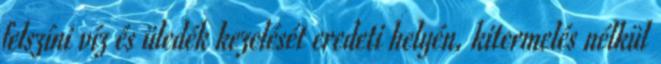
felszíni víz és üledék kezelését eredeti helyén, kitermelés nélkül